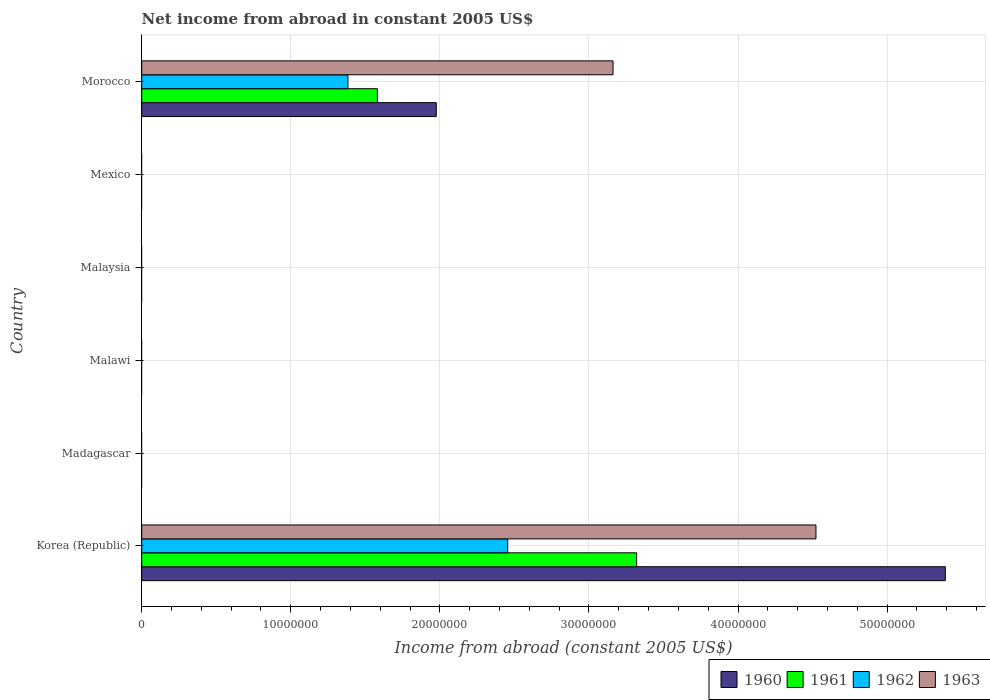
| Country | 1960 | 1961 | 1962 | 1963 |
 | --- | --- | --- | --- | --- |
 | Korea (Republic) | 5.39e+07 | 3.32e+07 | 2.45e+07 | 4.52e+07 |
 | Madagascar | -2.23e+07 | -2.31e+07 | -2.47e+07 | -2.51e+07 |
 | Malawi | -2.24e+06 | -3.08e+06 | -1.96e+06 | -2.24e+06 |
 | Malaysia | -8.17e+07 | -6.17e+07 | -4.64e+07 | -5.59e+07 |
 | Mexico | -3.74e+08 | -3.85e+08 | -3.86e+08 | -4.3e+08 |
 | Morocco | 1.98e+07 | 1.58e+07 | 1.38e+07 | 3.16e+07 |